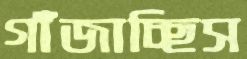
গাঁজাচ্ছিস